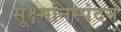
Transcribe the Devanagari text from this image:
सूक्ष्मनिस्पंदन